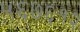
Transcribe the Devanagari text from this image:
५६७६१२